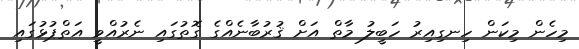
މިހެން މިކަން ހިނގިއިރު ހަބީލު މާތް އަށް ޤުރުބާނެއްގެ ގޮތުގައި ނެރުއްވީ އަތްޕުޅުގައި